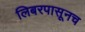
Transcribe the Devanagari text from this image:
लिबरपासूनच